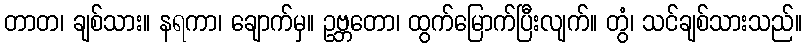
တာတ၊ ချစ်သား။ နရကာ၊ ချောက်မှ။ ဥဗ္ဘတော၊ ထွက်မြောက်ပြီးလျက်။ တွံ၊ သင်ချစ်သားသည်။